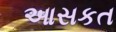
આસકત